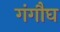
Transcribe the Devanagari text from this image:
गंगौघ